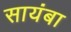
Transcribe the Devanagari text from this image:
सायंबा